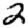
Digit: 2